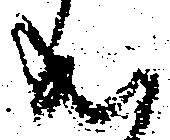
成